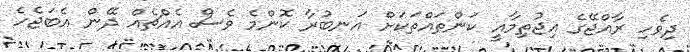
ދިވެހި ރާއްޖޭގެ އިޖުތިމާއީ ކަންތައްތަކަށް އަނބުރާ ކޮންމެ ވެސް އެއްޗެއް ދޭން އެބަޖެހެ